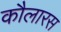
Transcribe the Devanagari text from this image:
कौलारस